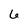
Character: 6